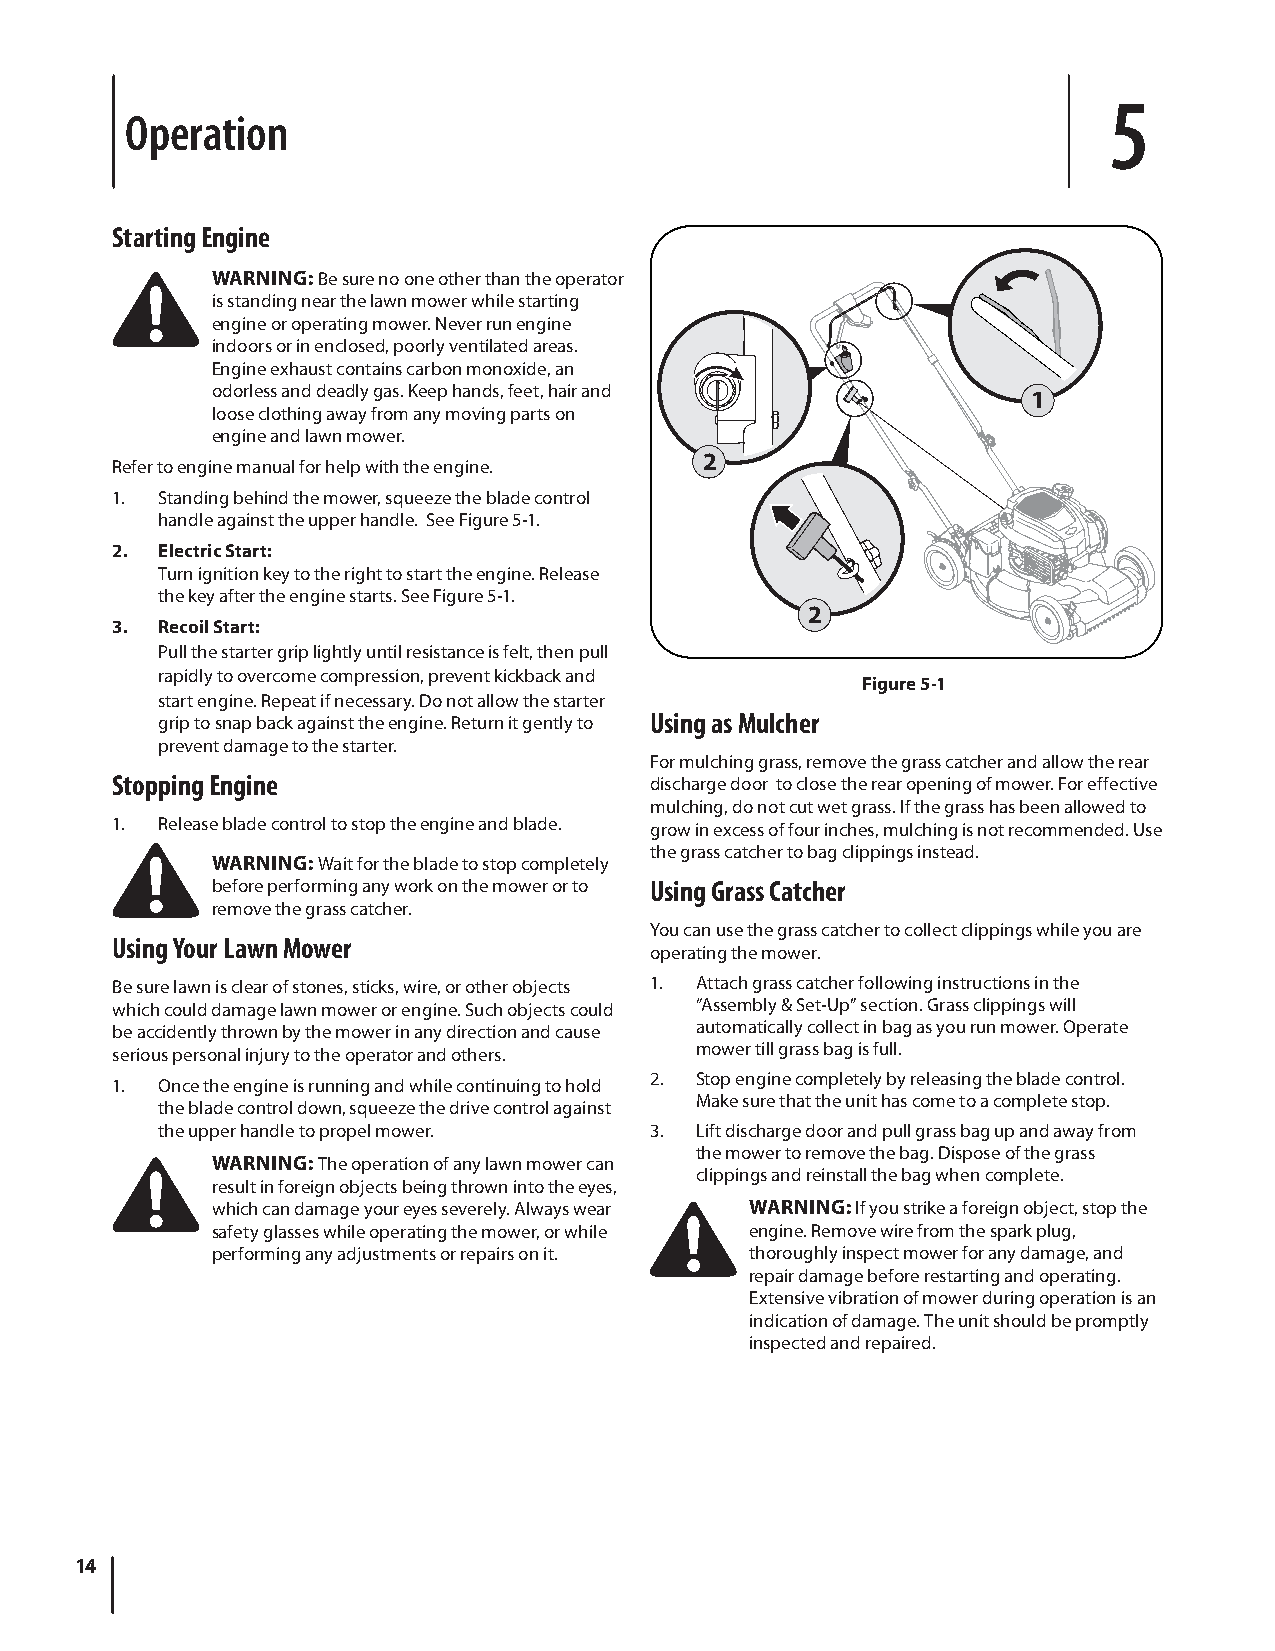
5
 Operation
 Starting Engine
 WARNING: Be sure no one other than the operator
 is standing near the lawn mower while starting
 engine or operating mower. Never run engine
 indoors or in enclosed, poorly ventilated areas.
 Engine exhaust contains carbon monoxide, an
 odorless and deadly gas. Keep hands, feet, hair and   1
 loose clothing away from any moving parts on
 engine and lawn mower.
 2
 Refer to engine manual for help with the engine.
 1. Standing behind the mower, squeeze the blade control
 handle against the upper handle. See Figure 5-1.
 2. Electric Start:
 Turn ignition key to the right to start the engine. Release
 the key after the engine starts. See Figure 5-1.
 2
 3. Recoil Start:
 Pull the starter grip lightly until resistance is felt, then pull
 rapidly to overcome compression, prevent kickback and
 Figure 5-1
 start engine. Repeat if necessary. Do not allow the starter
 grip to snap back against the engine. Return it gently to Using as Mulcher
 prevent damage to the starter.
 For mulching grass, remove the grass catcher and allow the rear
 Stopping Engine                     discharge door to close the rear opening of mower. For effective
 mulching, do not cut wet grass. If the grass has been allowed to
 1. Release blade control to stop the engine and blade. grow in excess of four inches, mulching is not recommended. Use
 the grass catcher to bag clippings instead.
 WARNING: Wait for the blade to stop completely
 before performing any work on the mower or to Using Grass Catcher
 remove the grass catcher.
 You can use the grass catcher to collect clippings while you are
 Using Your Lawn Mower
 operating the mower.
 Be sure lawn is clear of stones, sticks, wire, or other objects 1. Attach grass catcher following instructions in the
 which could damage lawn mower or engine. Such objects could “Assembly & Set-Up” section. Grass clippings will
 be accidently thrown by the mower in any direction and cause automatically collect in bag as you run mower. Operate
 serious personal injury to the operator and others. mower till grass bag is full.
 2. Stop engine completely by releasing the blade control.
 1. Once the engine is running and while continuing to hold
 Make sure that the unit has come to a complete stop.
 the blade control down, squeeze the drive control against
 the upper handle to propel mower. 3. Lift discharge door and pull grass bag up and away from
 the mower to remove the bag. Dispose of the grass
 WARNING: The operation of any lawn mower can
 clippings and reinstall the bag when complete.
 result in foreign objects being thrown into the eyes,
 which can damage your eyes severely. Always wear WARNING: If you strike a foreign object, stop the
 safety glasses while operating the mower, or while engine. Remove wire from the spark plug,
 performing any adjustments or repairs on it. thoroughly inspect mower for any damage, and
 repair damage before restarting and operating.
 Extensive vibration of mower during operation is an
 indication of damage. The unit should be promptly
 inspected and repaired.
 14